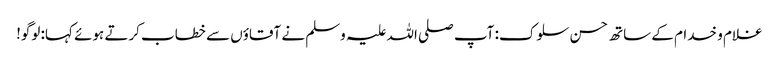
غلام و خدام کے ساتھ حسن سلوک: آپ صلی اللہ علیہ وسلم نے آقاؤں سے خطاب کرتے ہوئے کہا: لوگو!